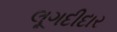
લૂગદીદાર